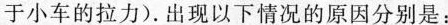
于小车的拉力)。出现以下情况的原因分别是：